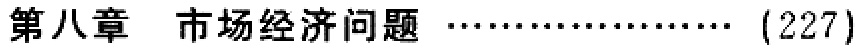
第八章 市场经济问题 \ldots\ldots\ldots\ldots\ldots\ldots\ldots (227)